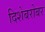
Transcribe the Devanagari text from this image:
दिशेबरोबर